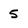
Character: 5